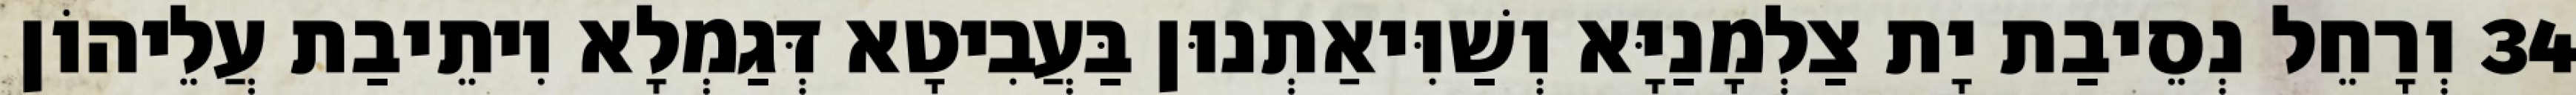
34 וְרָחֵל נְסֵיבַת יָת צַלְמָנַיָּא וְשַׁוִּיאַתְנוּן בַּעֲבִיטָא דְּגַמְלָא וִיתֵיבַת עֲלֵיהוֹן